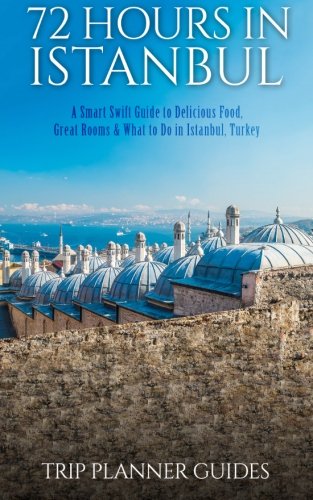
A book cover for Istanbul: 72 Hours in Istanbul -A Smart Swift Guide to Delicious Food, Great Rooms & What to Do in Istanbul, Turkey. (Trip Plannner Guides) (Volume 1); Trip Planner Guides; Travel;